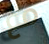
مع